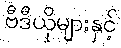
ဗီဒီယိုများနှင့်